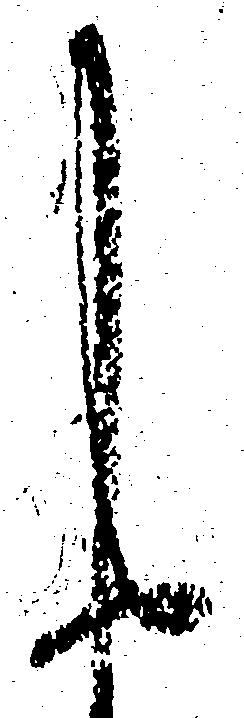
申